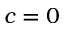
c = 0